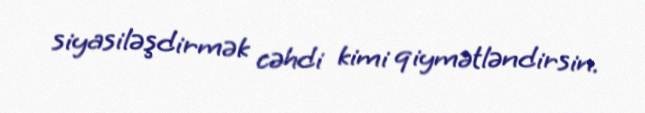
siyasiləşdirmək cəhdi kimi qiymətləndirsin.